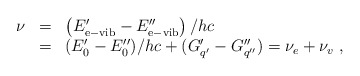
\begin{align*}\begin{array}{rcl}\nu&=&\left(E^\prime_{\rm e-vib}-E^{\prime\prime}_{\rm e-vib}\right)/hc\\ &=&(E_0^\prime-E_0^{\prime\prime})/hc+(G^\prime_{q^\prime}-G^{\prime\prime}_{q^{\prime\prime}})=\nu_e+\nu_{v}~,\end{array}\end{align*}